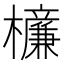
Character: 𣟚